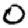
Digit: 0